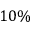
1 0 \%